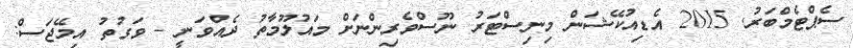
ސެޕްޓެމްބަރު